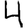
Digit: 4